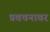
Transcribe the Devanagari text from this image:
प्रवचनावर